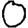
Digit: 0